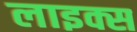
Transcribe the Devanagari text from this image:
लाइक्स